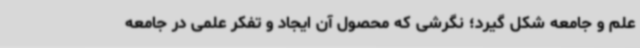
علم و جامعه شکل گیرد؛ نگرشی که محصول آن ایجاد و تفکر علمی در جامعه